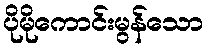
ပိုမိုကောင်းမွန်သော